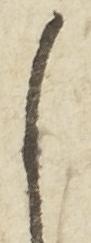
尚